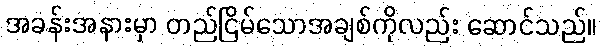
အခန်းအနားမှာ တည်ငြိမ်သောအချစ်ကိုလည်း ဆောင်သည်။